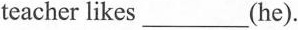
teacher likes___(he).